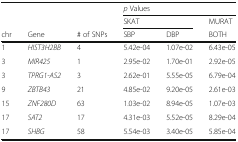
<table><thead><tr><td colspan="3" rowspan="2">[EMPTY_CELL]</td><td colspan="3"><b><i>p</i> Values</b></td></tr><tr><td colspan="2"><b>SKAT</b></td><td><b>MURAT</b></td></tr><tr><td><b>chr</b></td><td><b>Gene</b></td><td><b># of SNPs</b></td><td><b>SBP</b></td><td><b>DBP</b></td><td><b>BOTH</b></td></tr></thead><tbody><tr><td>1</td><td><i>HIST3H2BB</i></td><td>4</td><td>5.42e-04</td><td>1.07e-02</td><td>6.43e-05</td></tr><tr><td>3</td><td><i>MIR425</i></td><td>1</td><td>2.95e-02</td><td>1.70e-01</td><td>2.92e-05</td></tr><tr><td>3</td><td><i>TPRG1-AS2</i></td><td>3</td><td>2.62e-01</td><td>5.55e-05</td><td>6.79e-04</td></tr><tr><td>9</td><td><i>ZBTB43</i></td><td>21</td><td>4.85e-02</td><td>9.20e-05</td><td>2.61e-03</td></tr><tr><td>15</td><td><i>ZNF280D</i></td><td>63</td><td>1.03e-02</td><td>8.94e-05</td><td>1.07e-03</td></tr><tr><td>17</td><td><i>SAT2</i></td><td>17</td><td>4.31e-03</td><td>5.52e-05</td><td>8.29e-04</td></tr><tr><td>17</td><td><i>SHBG</i></td><td>58</td><td>5.54e-03</td><td>3.40e-05</td><td>5.85e-04</td></tr></tbody></table>